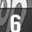
Digit: 6